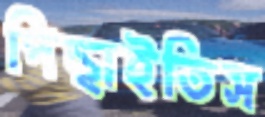
পিছাইতিস